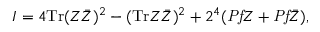
I = 4 \mathrm { T r } ( Z \bar { Z } ) ^ { 2 } - ( \mathrm { T r } Z \bar { Z } ) ^ { 2 } + 2 ^ { 4 } ( { \it P f } Z + { \it P f } \bar { Z } ) ,